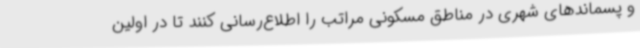
و پسماندهای شهری در مناطق مسکونی مراتب را اطلاع‌رسانی کنند تا در اولین